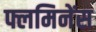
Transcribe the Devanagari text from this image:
फ्लमिनेंस